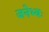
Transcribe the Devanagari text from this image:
जनेभ्यः